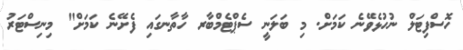
ހޮސްފިޓަލް ނުހުޅެވޭނެ ކަމަށް. މި ބަލަނީ ސެޕްޓެމްބާރ ހާތާނގައި ފެށޭނެ ކަމަށް" މިނިސްޓަރު